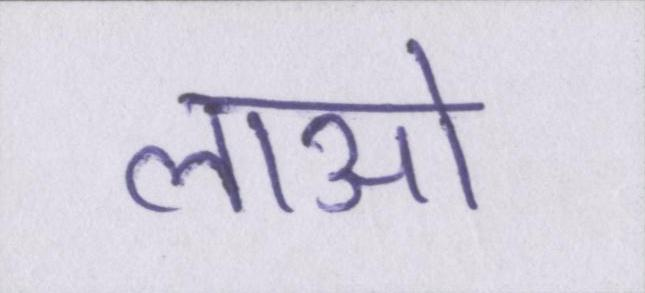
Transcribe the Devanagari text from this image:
लाओ